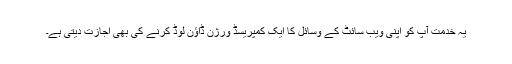
یہ خدمت آپ کو اپنی ویب سائٹ کے وسائل کا ایک کمپریسڈ ورژن ڈاؤن لوڈ کرنے کی بھی اجازت دیتی ہے۔